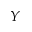
Y